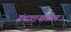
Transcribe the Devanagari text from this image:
ग्रंथालयांतील